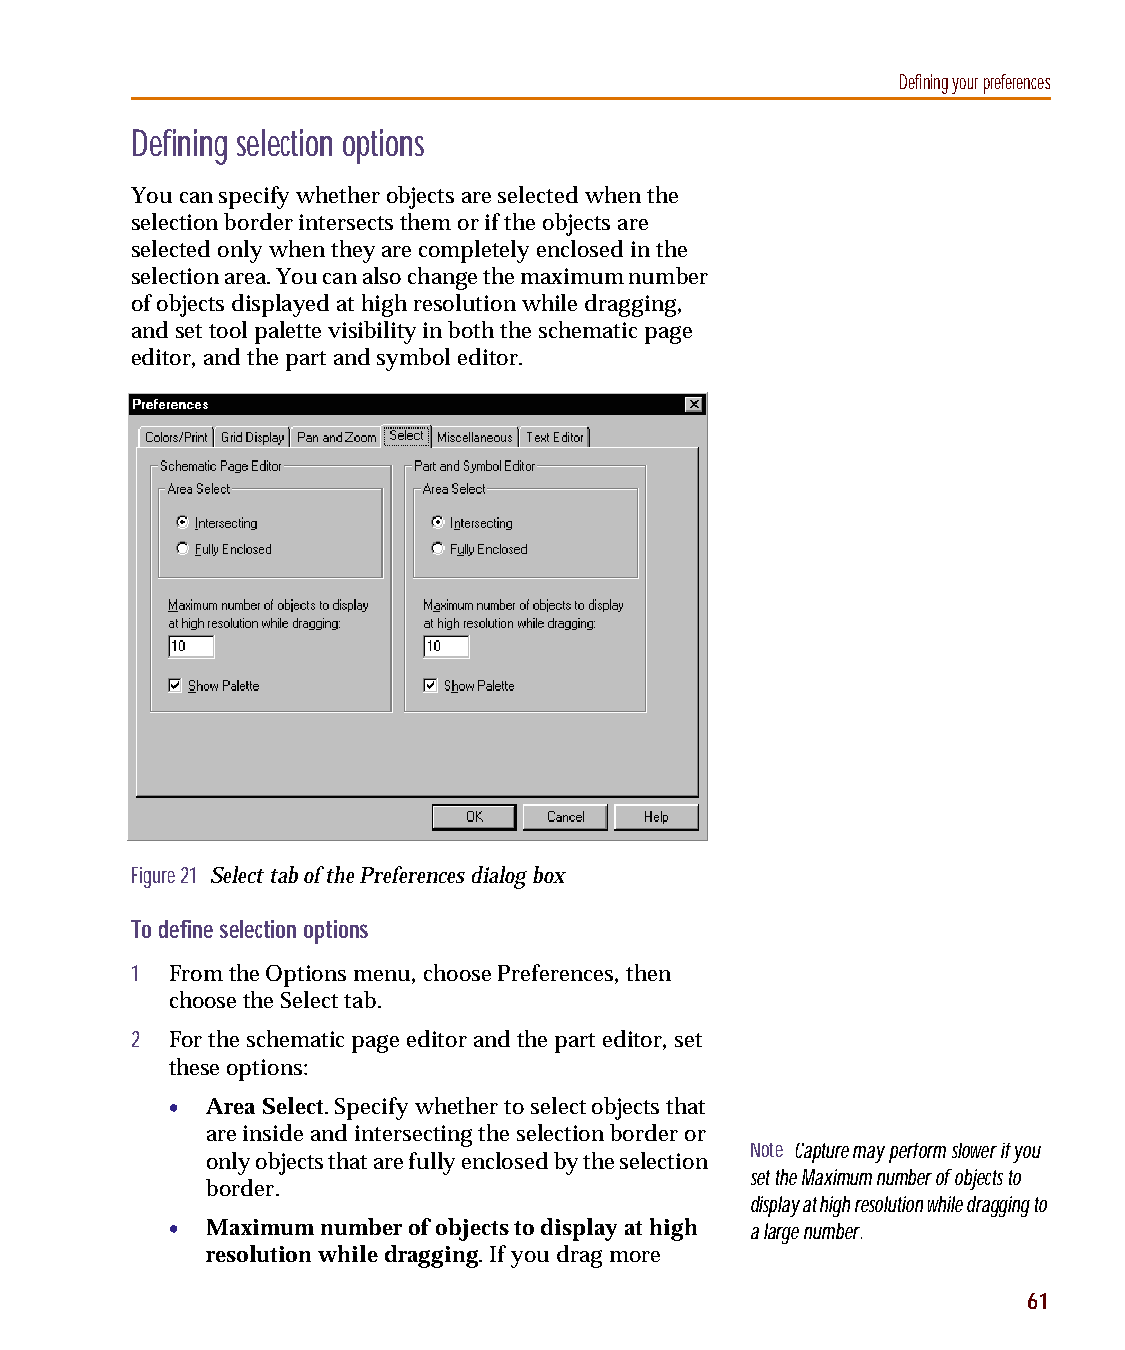
capug.book Page 61 Thursday, November 12, 1998 3:38 PM
 Defining your preferences
 Defining selection options
 You can specify whether objects are selected when the
 selection border intersects them or if the objects are
 selected only when they are completely enclosed in the
 selection area. You can also change the maximum number
 of objects displayed at high resolution while dragging,
 and set tool palette visibility in both the schematic page
 editor, and the part and symbol editor.
 Figure 21 Select tab of the Preferences dialog box
 To define selection options
 1 From the Options menu, choose Preferences, then
 choose the Select tab.
 2 For the schematic page editor and the part editor, set
 these options:
 •  Area Select. Specify whether to select objects that
 are inside and intersecting the selection border or
 Note Capture may perform slower if you
 only objects that are fully enclosed by the selection
 set the Maximum number of objects to
 border.
 display at high resolution while dragging to
 •  Maximum number of objects to display at high a large number.
 resolution while dragging. If you drag more
 61